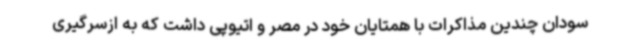
سودان چندین مذاکرات با همتایان خود در مصر و اتیوپی داشت که به ازسرگیری